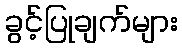
ခွင့်ပြုချက်များ